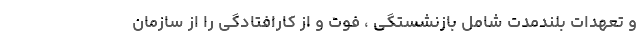
و تعهدات بلندمدت شامل بازنشستگی ، فوت و از کارافتادگی را از سازمان